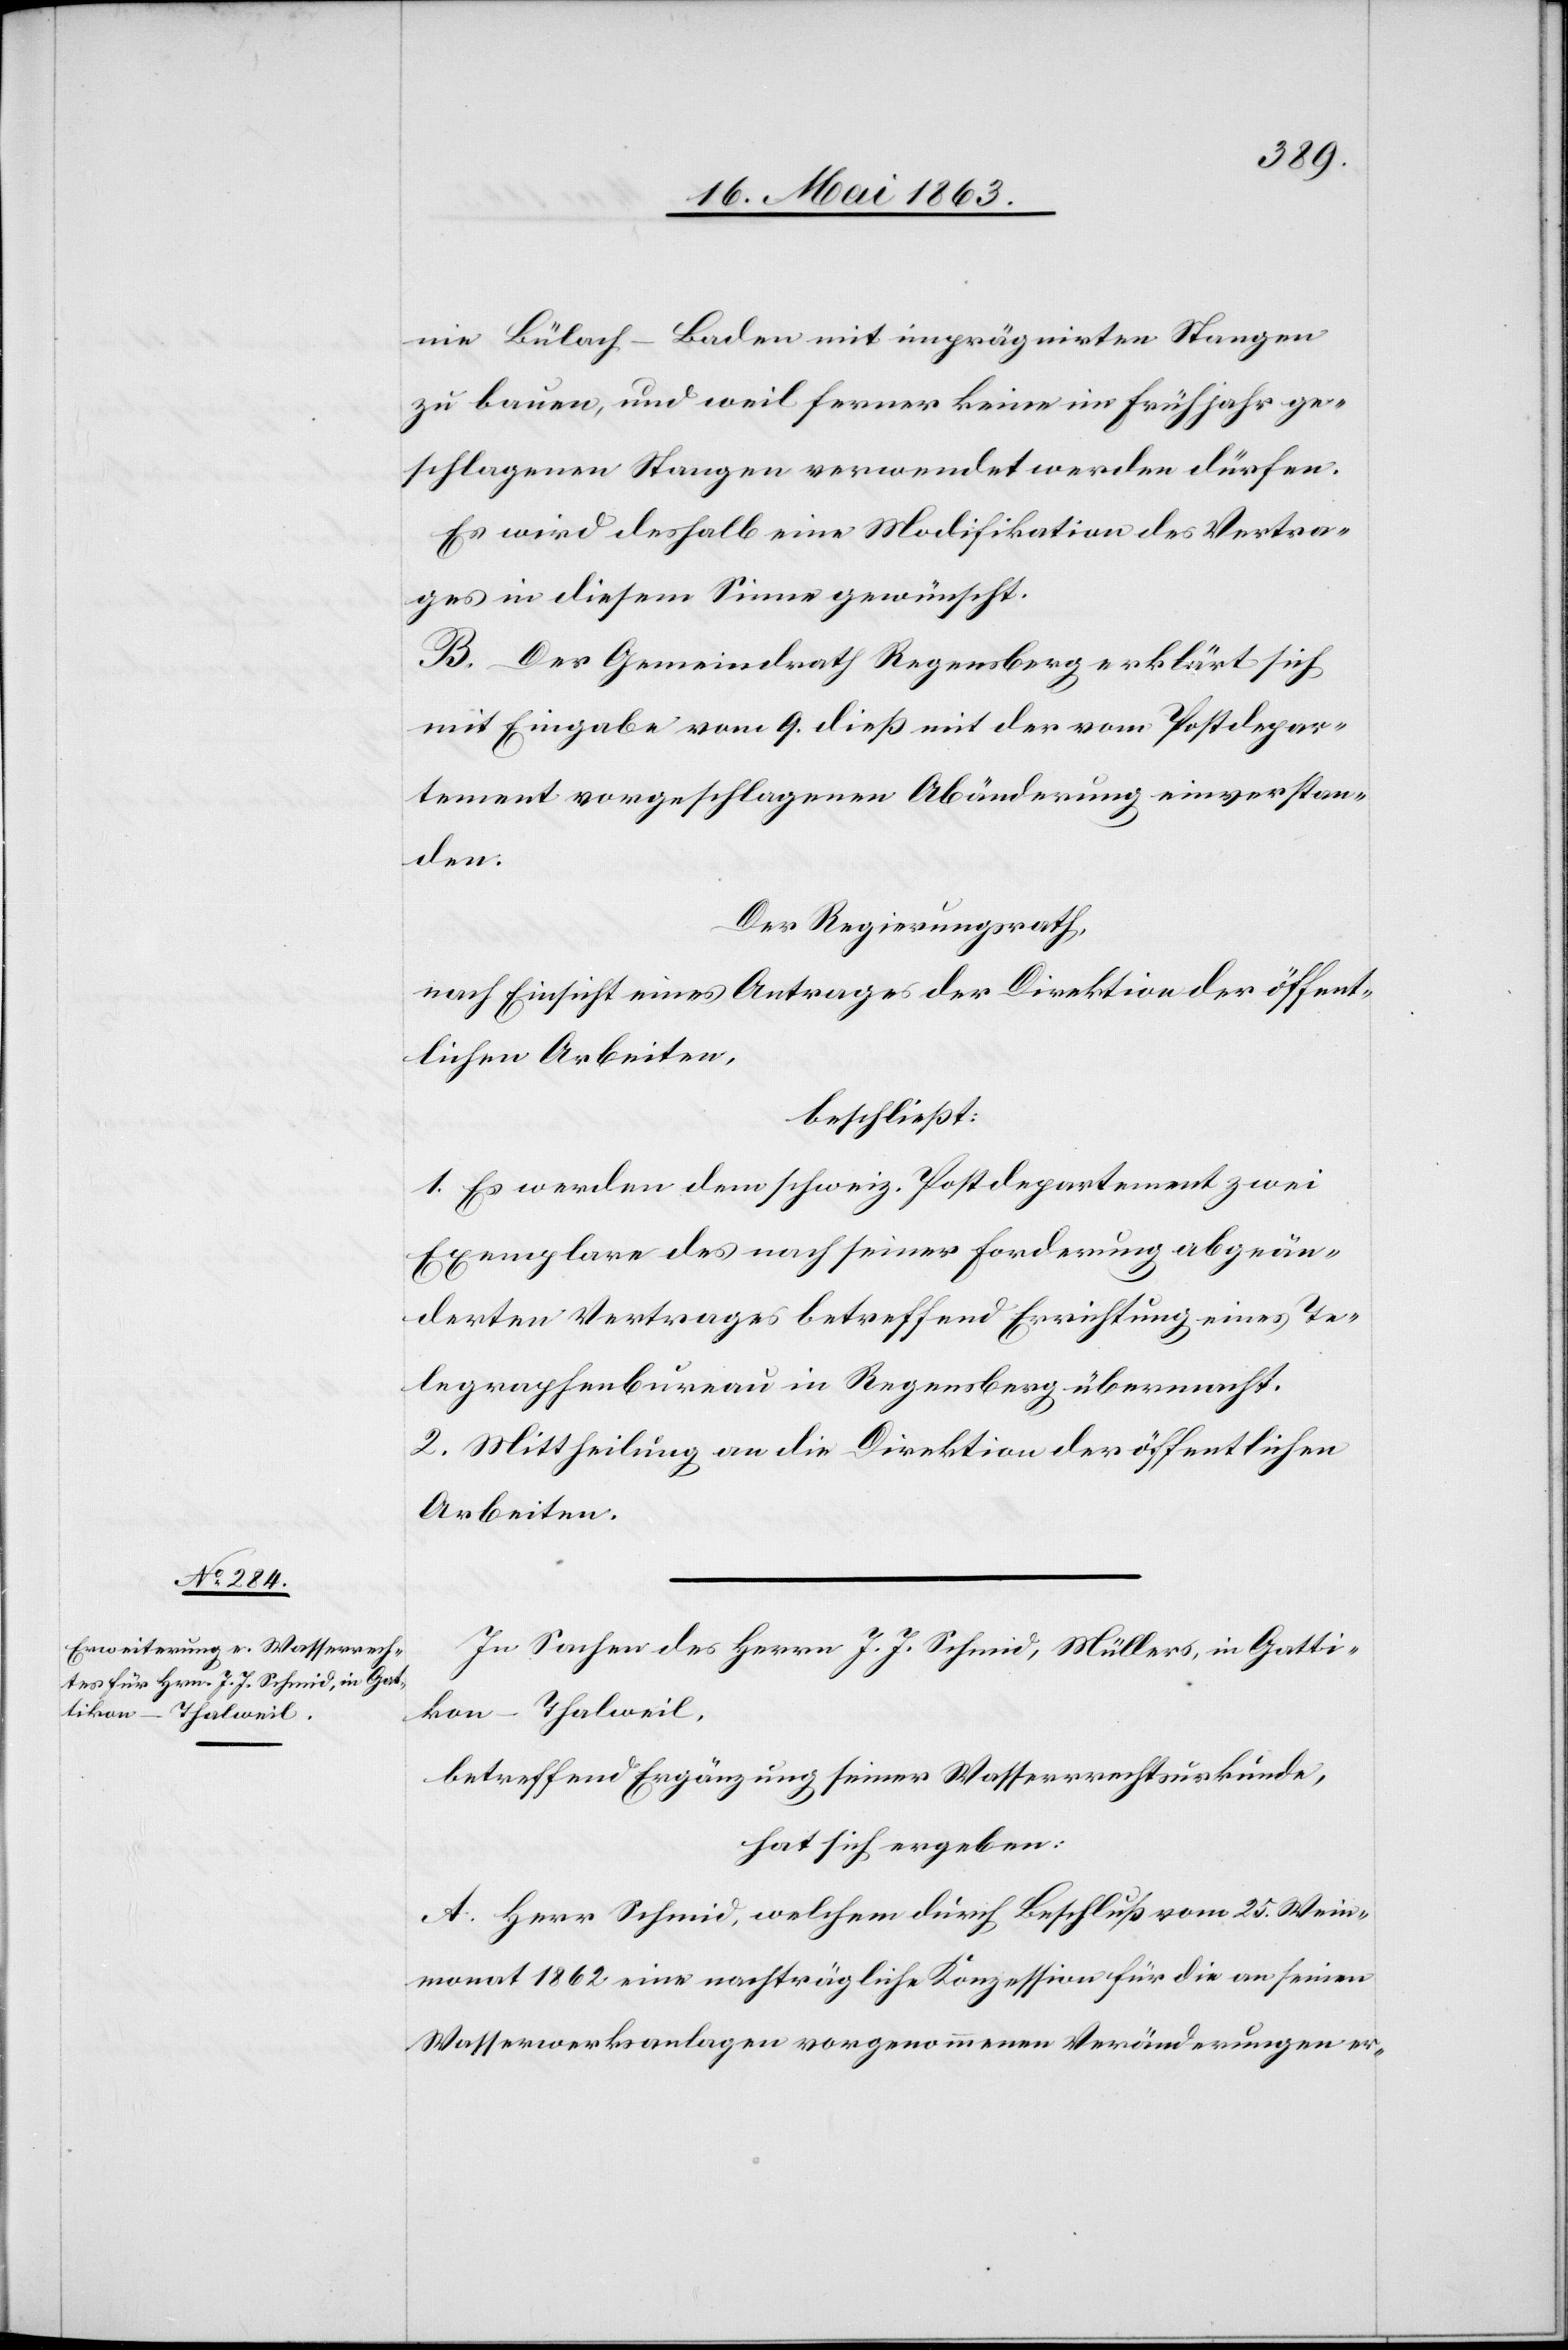
nie Bülach–Baden mit imprägnirten Stangen
zu bauen, und weil ferner keine im Frühjahr ge¬
schlagenen Stangen verwendet werden dürfen.
Es wird deßhalb eine Modifikation des Vertra¬
ges in diesem Sinne gewünscht.
B. Der Gemeindrath Regensberg erklärt sich
mit Eingabe vom 9. dieß mit der vom Postdepar¬
tement vorgeschlagenen Abänderung einverstan¬
den.
Der Regierungsrath,
nach Einsicht eines Antrages der Direktion der öffent¬
lichen Arbeiten,
beschließt:
1. Es werden dem schweiz. Postdepartement zwei
Exemplare des nach seiner Forderung abgeän¬
derten Vertrages betreffend Errichtung eines Te¬
legraphenbureau in Regensberg übermacht.
2. Mittheilung an die Direktion der öffentlichen
Arbeiten.
In Sachen des Herrn J. J. Schmid, Müllers, in Gatti¬
kon-Thalweil,
betreffend Ergänzung seiner Wasserrechtskurkunde,
hat sich ergeben:
A. Herr Schmid, welchem durch Beschluß vom 25. Wein¬
monat 1862 eine nachträgliche Konzession für die an seinen
Wasserwerksanlagen vorgenommenen Veränderungen er-